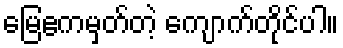
မြေဧကမှတ်တဲ့ ကျောက်တိုင်ပါ။